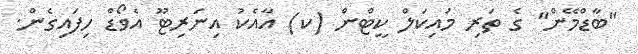
"ބާޑްމޭން" ގެ ތަރި މައިކަލް ކީޓްން (ކ) އާއެކު އިނަރިޓޫ އެވޯޑް ހިފައިގެން.